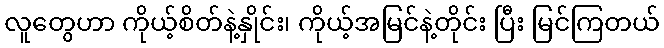
လူတွေဟာ ကိုယ့်စိတ်နဲ့နှိုင်း၊ ကိုယ့်အမြင်နဲ့တိုင်း ပြီး မြင်ကြတယ်